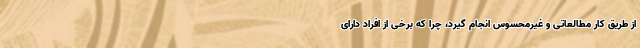
از طریق کار مطالعاتی و غیرمحسوس انجام گیرد، چرا که برخی از افراد دارای